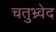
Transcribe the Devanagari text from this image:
चतुभ्र्वेद